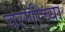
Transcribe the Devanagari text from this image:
चरणीच्या